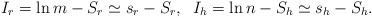
LaTeX: \begin{align*}I_r = \ln m -S_r \simeq s_r - S_r,\;\; I_h = \ln n - S_h\simeq s_h - S_h.\end{align*}